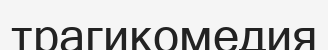
трагикомедия